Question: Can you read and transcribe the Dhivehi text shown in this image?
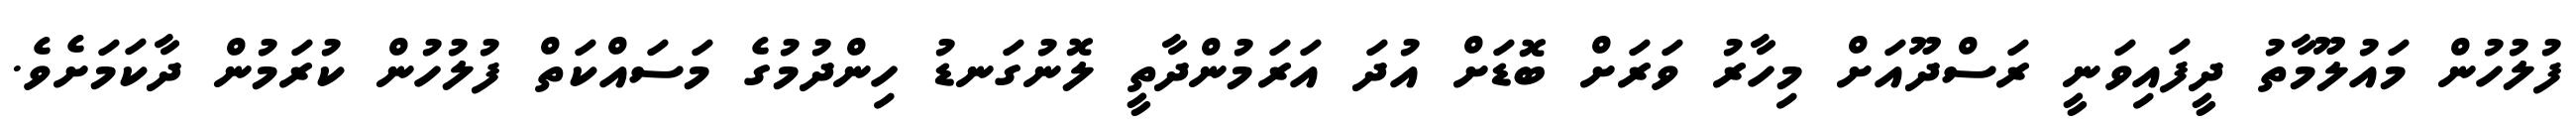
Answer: ފުލުހުން މައުލޫމާތު ދީފައިވަނީ ރަސްދޫއަށް މިހާރު ވަރަށް ބޮޑަށް އުދަ އަރަމުންދާތީ ލޮނުގަނޑު ހިންދުމުގެ މަސައްކަތް ފުލުހުން ކުރަމުން ދާކަމަށެވެ.